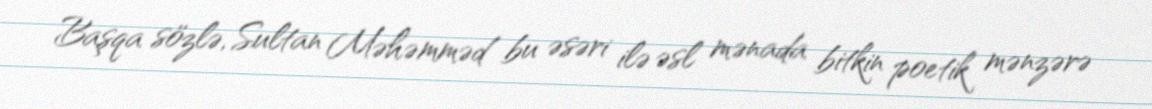
Başqa sözlə, Sultan Məhəmməd bu əsəri ilə əsl mənada bitkin poetik mənzərə